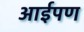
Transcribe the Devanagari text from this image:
आईपण